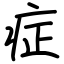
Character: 症